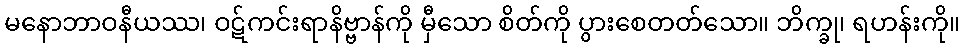
မနောဘာဝနီယဿ၊ ဝဋ်ကင်းရာနိဗ္ဗာန်ကို မှီသော စိတ်ကို ပွားစေတတ်သော။ ဘိက္ခု၊ ရဟန်းကို။